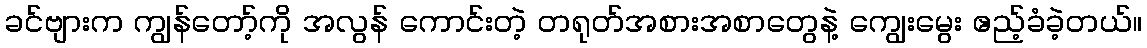
ခင်ဗျားက ကျွန်တော့်ကို အလွန် ကောင်းတဲ့ တရုတ်အစားအစာတွေနဲ့ ကျွေးမွေး ဧည့်ခံခဲ့တယ်။